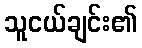
သူငယ်ချင်း၏